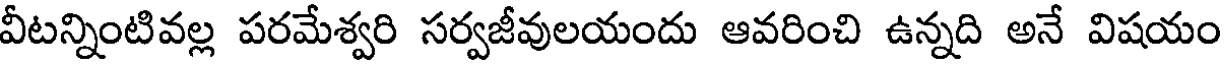
వీటన్నింటివల్ల పరమేశ్వరి సర్వజీవులయందు ఆవరించి ఉన్నది అనే విషయం